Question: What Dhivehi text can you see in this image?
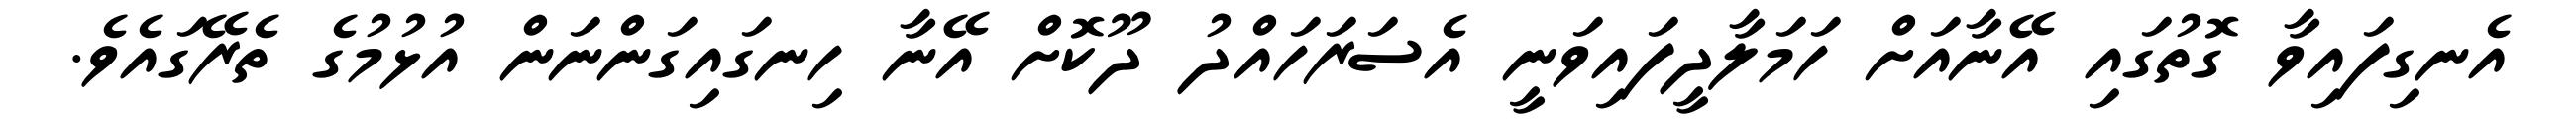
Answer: އެނގިފައިވާ ގޮތުގައި އޭނާއަށް ހަމަލާދީފައިވަނީ އެސަރަހައްދު ދޫކޮށް އޭނާ ހިނގައިގަންނަން އުޅުމުގެ ތެރޭގައެވެ.